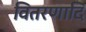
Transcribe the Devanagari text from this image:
वितरणादि